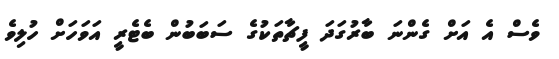
ވެސް އެ އަށް ގެންނަ ބާރުގަދަ ފީޗާތަކުގެ ސަބަބުން ބެޓެރީ އަވަހަށް ހުލިވެ